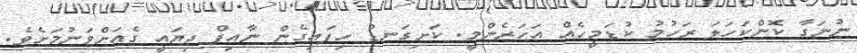
ނުނަގާ ކޮންކަހަލަ ރަހުމު ކުޑަމީހެއް އަހަރެންމީ. ކަށިގަނޑު ހިފައިގެން ނާއިފް ދިޔައީ ގެއަށްވަނުމަށެވެ.